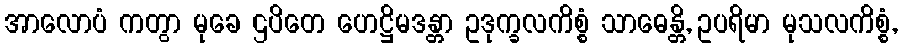
အာလောပံ ကတွာ မုခေ ဌပိတေ ဟေဋ္ဌိမဒန္တာ ဥဒုက္ခလကိစ္စံ သာဓေန္တိ, ဥပရိမာ မုသလကိစ္စံ,